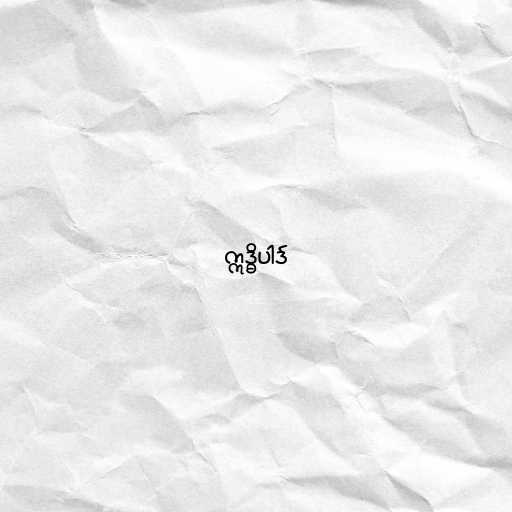
ဣဒ္ဓိပါဒ်